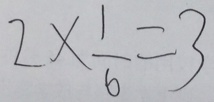
2 \times \frac { 1 } { 6 } = 3